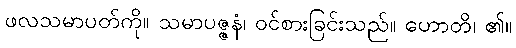
ဖလသမာပတ်ကို။ သမာပဇ္ဇနံ၊ ဝင်စားခြင်းသည်။ ဟောတိ၊ ၏။